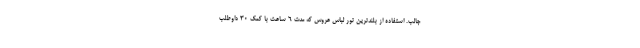
جالب. استفاده از بلندترین تور لباس عروس که مدت ۶ ساعت با کمک ۳۰ داوطلب